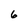
Character: 6